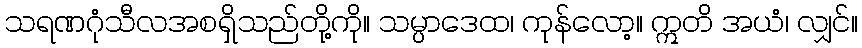
သရဏဂုံသီလအစရှိသည်တို့ကို။ သမ္ပာဒေထ၊ ကုန်လော့။ ဣတိ အယံ၊ လျှင်။